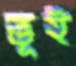
ভূই